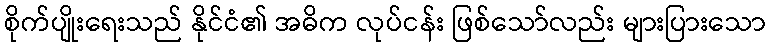
စိုက်ပျိုးရေးသည် နိုင်ငံ၏ အဓိက လုပ်ငန်း ဖြစ်သော်လည်း များပြားသော